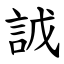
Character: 䛋